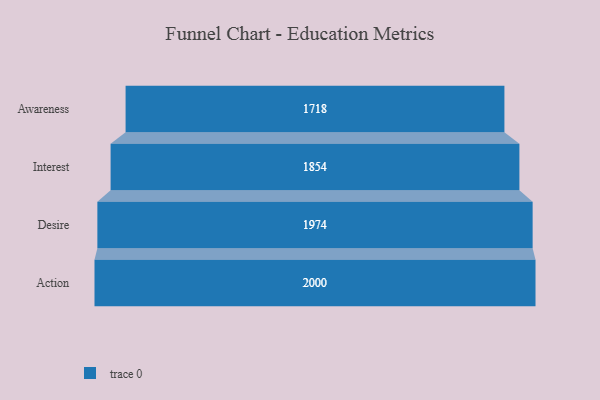
{"axis": {"x": "Stage", "y": "Value"}, "legend": [""], "data": [{"x": "Awareness", "y": 1718.0, "type": ""}, {"x": "Interest", "y": 1854.0, "type": ""}, {"x": "Desire", "y": 1974.0, "type": ""}, {"x": "Action", "y": 2000, "type": ""}]}